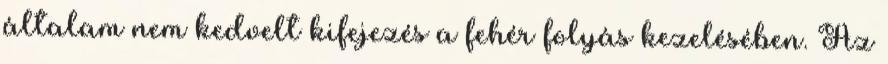
általam nem kedvelt kifejezés a fehér folyás kezelésében. Az